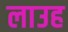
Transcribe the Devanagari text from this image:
लाउह